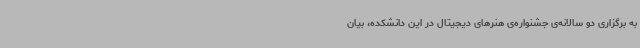
به برگزاری دو سالانه‌ی جشنواره‌ی هنرهای دیجیتال در این دانشکده، بیان